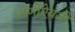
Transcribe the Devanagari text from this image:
धोणीऐवजी